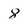
Character: 8